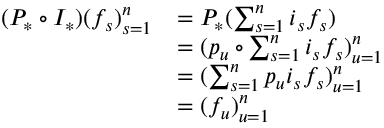
\begin{array} { r l } { ( P _ { * } \circ I _ { * } ) ( f _ { s } ) _ { s = 1 } ^ { n } } & { = P _ { * } ( \sum _ { s = 1 } ^ { n } i _ { s } f _ { s } ) } \\ & { = ( p _ { u } \circ \sum _ { s = 1 } ^ { n } i _ { s } f _ { s } ) _ { u = 1 } ^ { n } } \\ & { = ( \sum _ { s = 1 } ^ { n } p _ { u } i _ { s } f _ { s } ) _ { u = 1 } ^ { n } } \\ & { = ( f _ { u } ) _ { u = 1 } ^ { n } } \end{array}